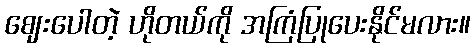
ဈေးပေါတဲ့ ဟိုတယ်ကို အကြံပြုပေးနိုင်မလား။